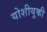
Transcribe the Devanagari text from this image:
योशीयुकी